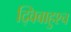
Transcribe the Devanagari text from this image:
द्विबाहुश्च